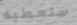
ستعطيه